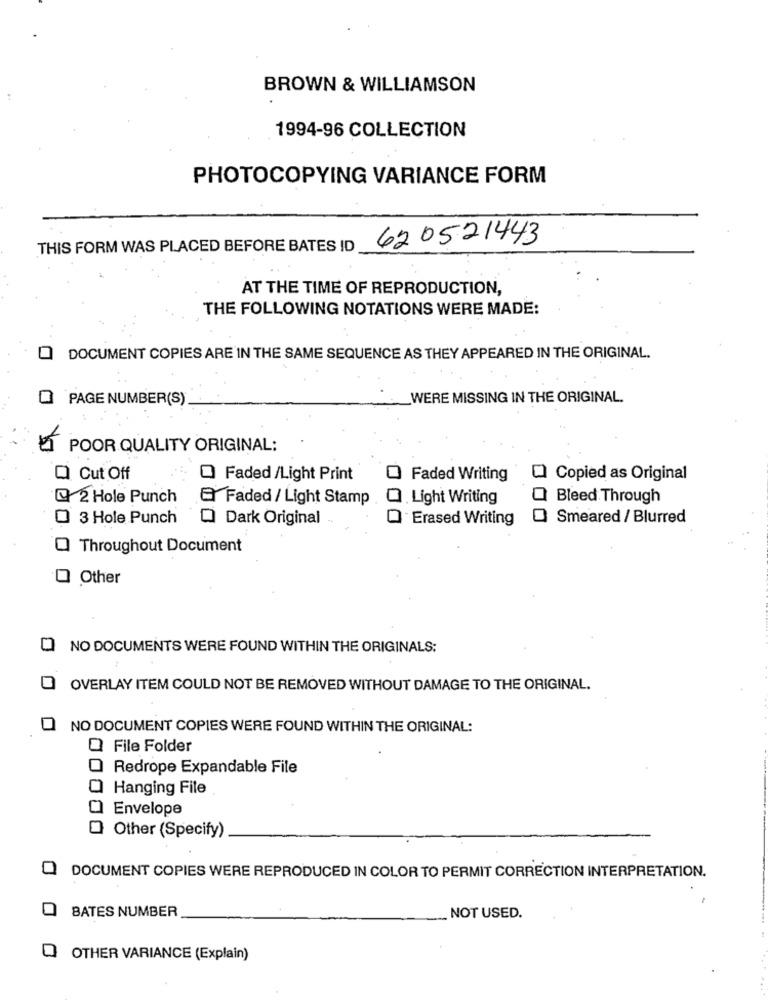
BROWN & WILLIAMSON
1994-96 COLLECTION
PHOTOCOPYING VARIANCE FORM
620521443
THIS FORM WAS PLACED BEFORE BATES ID
AT THE TIME OF REPRODUCTION,
THE FOLLOWING NOTATIONS WERE MADE:
DOCUMENT COPIES ARE IN THE SAME SEQUENCE AS THEY APPEARED IN THE ORIGINAL.
PAGE NUMBER(S)
WERE MISSING IN THE ORIGINAL.
POOR QUALITY ORIGINAL:
Q Cut Off
O Faded /Light Print
Faded Writing
Copied as Original
@ 2 Hole Punch & Faded / Light Stamp
Light Writing
Bleed Through
3 Hole Punch
Q Dark Original
Erased Writing
0
Smeared / Blurred
Throughout Document
O Other
NO DOCUMENTS WERE FOUND WITHIN THE ORIGINALS:
OVERLAY ITEM COULD NOT BE REMOVED WITHOUT DAMAGE TO THE ORIGINAL.
NO DOCUMENT COPIES WERE FOUND WITHIN THE ORIGINAL:
File Folder
Redrope Expandable File
Hanging File
Envelope
Other (Specify)
0
DOCUMENT COPIES WERE REPRODUCED IN COLOR TO PERMIT CORRECTION INTERPRETATION.
BATES NUMBER
NOT USED.
OTHER VARIANCE (Explain)